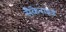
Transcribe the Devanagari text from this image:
सैकेराइड